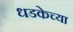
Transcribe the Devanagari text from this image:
धडकेच्या